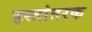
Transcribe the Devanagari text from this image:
हस्तांतरक